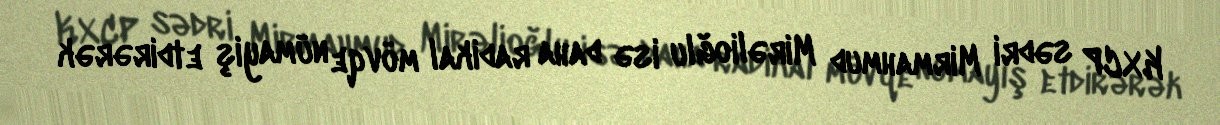
KXCP sədri Mirmahmud Mirəlioğlu isə daha radikal mövqe nümayiş etdirərək